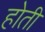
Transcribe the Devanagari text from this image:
हाेती